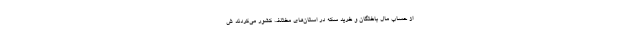
از حساب مال باختگان و خرید سکه در استان‌های مختلف کشور می‌کردند ش